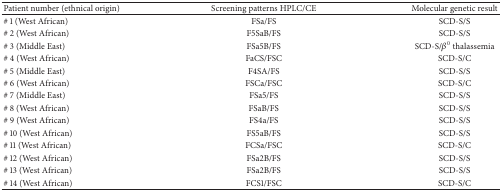
<table><thead><tr><td><b>Patient number (ethnical origin)</b></td><td><b>Screening patterns HPLC/CE</b></td><td><b>Molecular genetic result</b></td></tr></thead><tbody><tr><td># 1 (West African)</td><td>FSa/FS</td><td>SCD-S/S </td></tr><tr><td># 2 (West African)</td><td>F5SaB/FS</td><td>SCD-S/S</td></tr><tr><td># 3 (Middle East)</td><td>FSa5B/FS</td><td>SCD-S/<i>β</i><sup>0</sup> thalassemia</td></tr><tr><td># 4 (West African)</td><td>FaCS/FSC</td><td>SCD-S/C</td></tr><tr><td># 5 (Middle East)</td><td>F4SA/FS</td><td>SCD-S/S </td></tr><tr><td># 6 (West African)</td><td>FSCa/FSC</td><td>SCD-S/C</td></tr><tr><td># 7 (Middle East)</td><td>FSa5/FS</td><td>SCD-S/S </td></tr><tr><td># 8 (West African)</td><td>FSaB/FS</td><td>SCD-S/S</td></tr><tr><td># 9 (West African)</td><td>FS4a/FS</td><td>SCD-S/S</td></tr><tr><td># 10 (West African)</td><td>FS5aB/FS</td><td>SCD-S/S</td></tr><tr><td># 11 (West African)</td><td>FCSa/FSC</td><td>SCD-S/C </td></tr><tr><td># 12 (West African)</td><td>FSa2B/FS</td><td>SCD-S/S </td></tr><tr><td># 13 (West African)</td><td>FSa2B/FS</td><td>SCD-S/S</td></tr><tr><td># 14 (West African)</td><td>FCS1/FSC </td><td>SCD-S/C </td></tr></tbody></table>